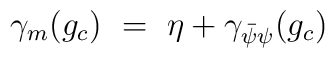
\gamma_m(g_c) ~=~ \eta + \gamma_{\bar{\psi}\psi}(g_c)